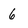
Character: 6